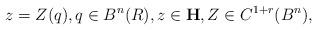
LaTeX: \begin{align*} z = Z(q), q \in { B}^n(R), z \in {\bf H}, Z \in C^{1+r}({B}^n), \end{align*}